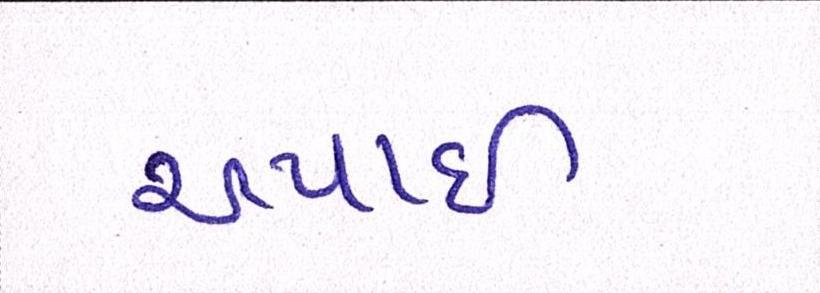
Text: અપાઇ